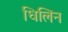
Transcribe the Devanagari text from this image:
धिलिन